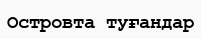
Островта туғандар